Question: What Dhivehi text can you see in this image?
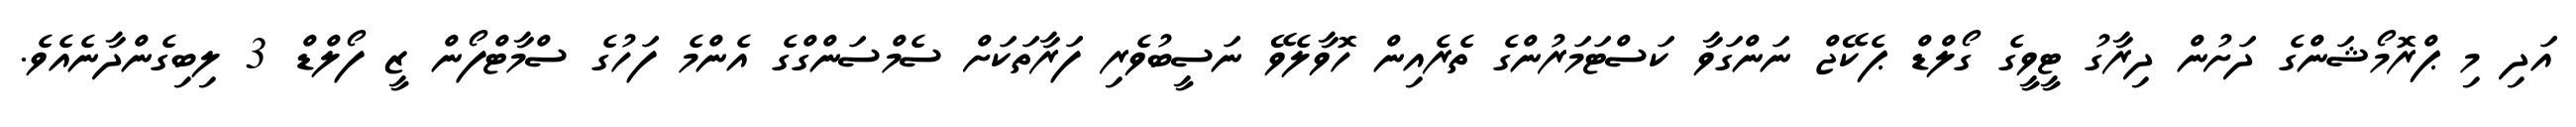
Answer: އަދި މި ޕްރޮމޯޝަންގެ ދަށުން ދިރާގު ޓީވީގެ ގޯލްޑް ޕެކޭޖް ނަންގަވާ ކަސްޓަމަރުންގެ ތެރެއިން ހޮވާލެވޭ ނަސީބުވެރި ފަރާތަކަށް ސެމްސަންގްގެ އެންމެ ފަހުގެ ސްމާޓްފޯން ޒީ ފޯލްޑް 3 ލިބިގެންދާނެއެވެ.